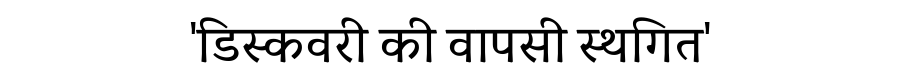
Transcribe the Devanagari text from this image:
'डिस्कवरी की वापसी स्थगित'